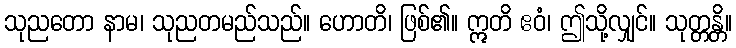
သုညတော နာမ၊ သုညတမည်သည်။ ဟောတိ၊ ဖြစ်၏။ ဣတိ ဧဝံ၊ ဤသို့လျှင်။ သုတ္တန္တိ။